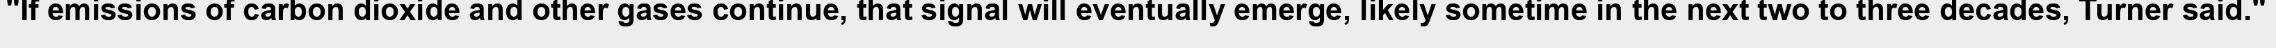
"If emissions of carbon dioxide and other gases continue, that signal will eventually emerge, likely sometime in the next two to three decades, Turner said."